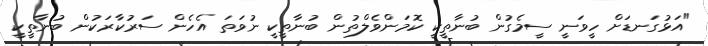
"އަޅުގަނޑަށް ހީވަނީ ސީމެގުން ބުނާތީކީ ކޮމަންވެލްތުން ބުނާތީކީ ނުވަތަ އެހެން ސަރުކާރަކުން ބުނާތީކީ